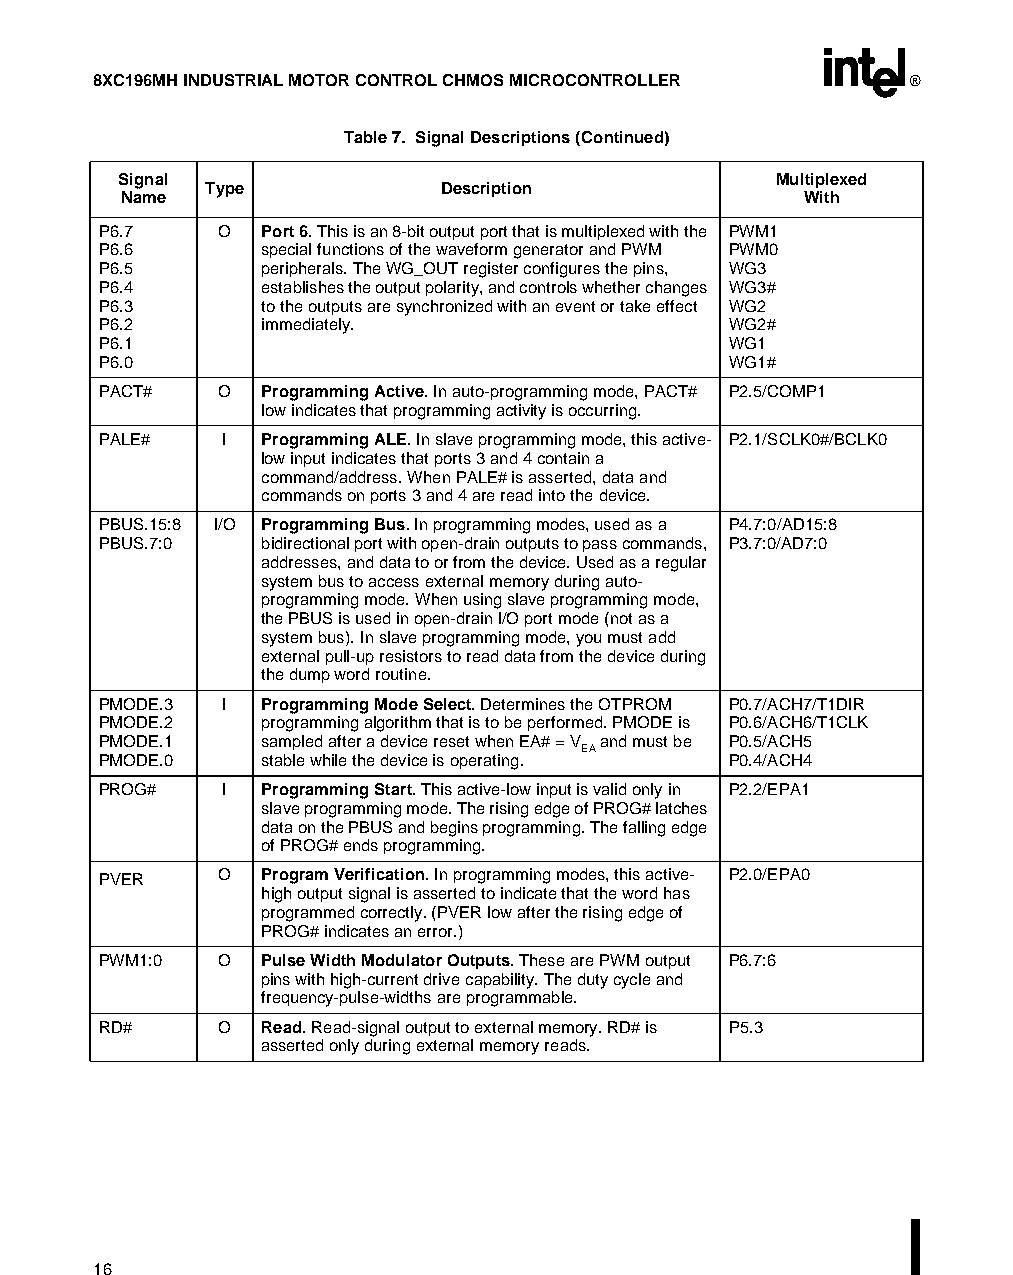
8XC196MH INDUSTRIAL MOTOR CONTROL CHMOS MICROCONTROLLER ®
 Table 7. Signal Descriptions (Continued)
 Signal                                     Multiplexed
 Type            Description
 Name                                         With
 P6.7    O  Port 6. This is an 8-bit output port that is multiplexed with the PWM1
 P6.6       special functions of the waveform generator and PWM PWM0
 P6.5       peripherals. The WG_OUT register configures the pins, WG3
 P6.4       establishes the output polarity, and controls whether changes WG3#
 P6.3       to the outputs are synchronized with an event or take effect WG2
 P6.2       immediately.                   WG2#
 P6.1                                      WG1
 P6.0                                      WG1#
 PACT#   O  Programming Active. In auto-programming mode, PACT# P2.5/COMP1
 low indicates that programming activity is occurring.
 PALE#   I  Programming ALE. In slave programming mode, this active- P2.1/SCLK0#/BCLK0
 low input indicates that ports 3 and 4 contain a
 command/address. When PALE# is asserted, data and
 commands on ports 3 and 4 are read into the device.
 PBUS.15:8 I/O Programming Bus. In programming modes, used as a P4.7:0/AD15:8
 PBUS.7:0   bidirectional port with open-drain outputs to pass commands, P3.7:0/AD7:0
 addresses, and data to or from the device. Used as a regular
 system bus to access external memory during auto-
 programming mode. When using slave programming mode,
 the PBUS is used in open-drain I/O port mode (not as a
 system bus). In slave programming mode, you must add
 external pull-up resistors to read data from the device during
 the dump word routine.
 PMODE.3 I  Programming Mode Select. Determines the OTPROM P0.7/ACH7/T1DIR
 PMODE.2    programming algorithm that is to be performed. PMODE is P0.6/ACH6/T1CLK
 PMODE.1    sampled after a device reset when EA# = V and must be P0.5/ACH5
 EA
 PMODE.0    stable while the device is operating. P0.4/ACH4
 PROG#   I  Programming Start. This active-low input is valid only in P2.2/EPA1
 slave programming mode. The rising edge of PROG# latches
 data on the PBUS and begins programming. The falling edge
 of PROG# ends programming.
 PVER    O  Program Verification. In programming modes, this active- P2.0/EPA0
 high output signal is asserted to indicate that the word has
 programmed correctly. (PVER low after the rising edge of
 PROG# indicates an error.)
 PWM1:0  O  Pulse Width Modulator Outputs. These are PWM output P6.7:6
 pins with high-current drive capability. The duty cycle and
 frequency-pulse-widths are programmable.
 RD#     O  Read. Read-signal output to external memory. RD# is P5.3
 asserted only during external memory reads.
 16